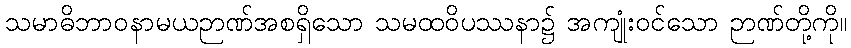
သမာဓိဘာဝနာမယဉာဏ်အစရှိသော သမထဝိပဿနာ၌ အကျုံးဝင်သော ဉာဏ်တို့ကို။